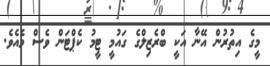
މީގެ އިތުރުން އޭނާ އަކީ ބްރެޒިލްގެ ގައުމީ ޓީމު ކެޕްޓަން ވެސް މެއެވެ.